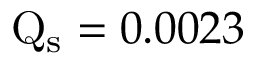
\mathrm { Q _ { s } } = 0 . 0 0 2 3